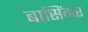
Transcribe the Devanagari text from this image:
बासिंगर